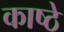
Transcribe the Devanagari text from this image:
काष्ठे